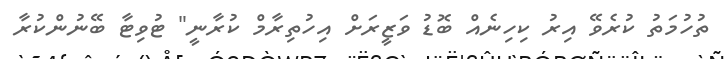
ތުހުމަތު ކުރެވޭ އިރު ކިހިނެއް ބޮޑު ވަޒީރަށް އިހުތިރާމް ކުރާނީ" ޓުވިޓާ ބޭނުންކުރާ